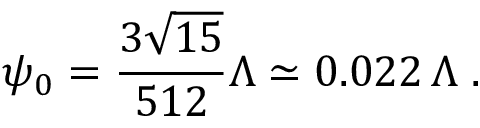
\psi _ { 0 } = \frac { 3 \sqrt { 1 5 } } { 5 1 2 } \Lambda \simeq 0 . 0 2 2 \, \Lambda \; .